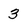
Character: 3